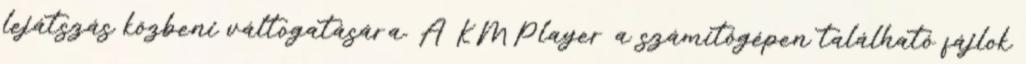
lejátszás közbeni váltogatására. A KMPlayer a számítógépen található fájlok